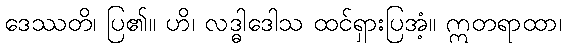
ဒေဿတိ၊ ပြ၏။ ဟိ၊ လဒ္ဓါဒေါသ ထင်ရှားပြအံ့။ ဣတရာထာ၊